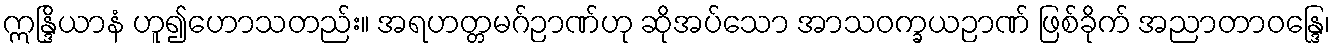
ဣန္ဒြိယာနံ ဟူ၍ဟောသတည်း။ အရဟတ္တမဂ်ဉာဏ်ဟု ဆိုအပ်သော အာသဝက္ခယဉာဏ် ဖြစ်ခိုက် အညာတာဝန္ဒြေ၊